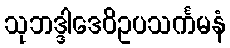
သုဘဒ္ဒါဒေဝိဥပသင်္ကမနံ